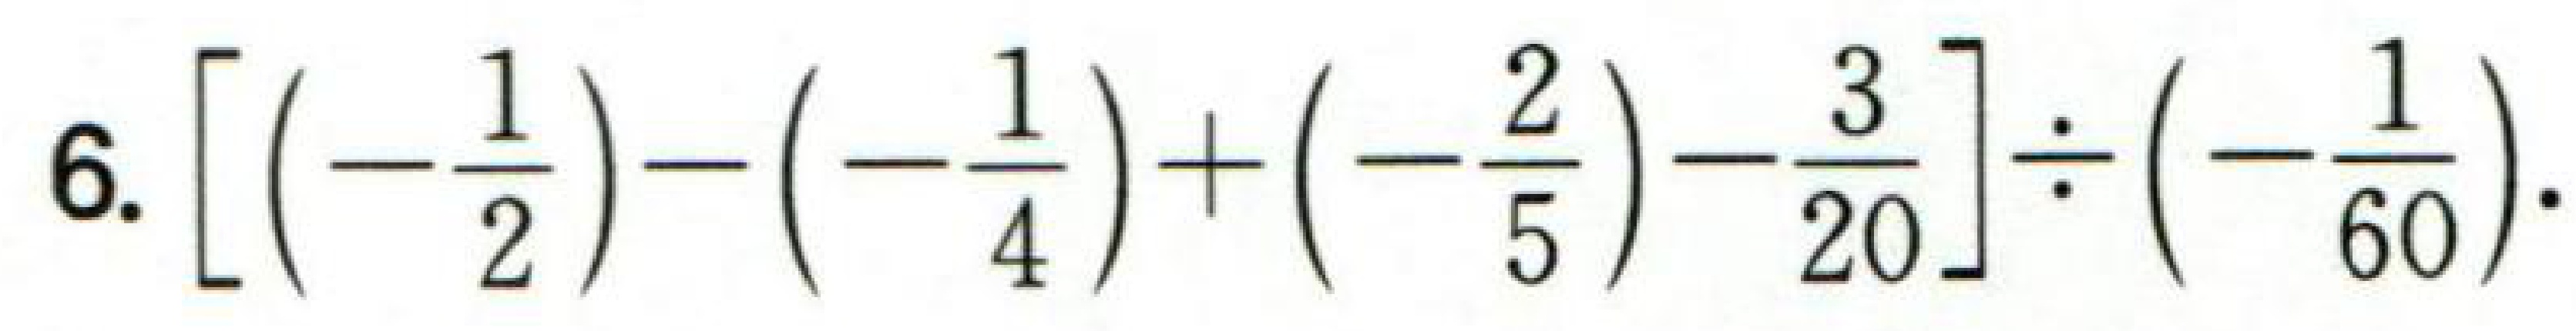
$6.\left[\left(-\frac{1}{2}\right)-\left(-\frac{1}{4}\right)+\left(-\frac{2}{5}\right)-\frac{3}{20}\right]\div\left(-\frac{1}{60}\right).$